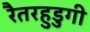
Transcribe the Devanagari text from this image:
रैतरहुडुगी